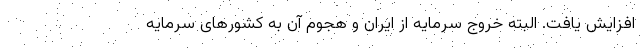
افزایش یافت. البته خروج سرمایه از ایران و هجوم آن به کشورهای سرمایه